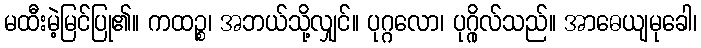
မထီးမဲ့မြင်ပြု၏။ ကထဉ္စ၊ အဘယ်သို့လျှင်။ ပုဂ္ဂလော၊ ပုဂ္ဂိုလ်သည်။ အာဓေယျမုခေါ၊